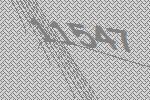
11547